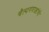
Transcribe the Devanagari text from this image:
चैत्यगवाक्षांची